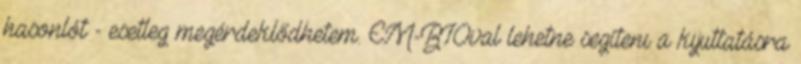
hasonlót - esetleg megérdeklődhetem. EM-BIOval lehetne segíteni a kijuttatásra